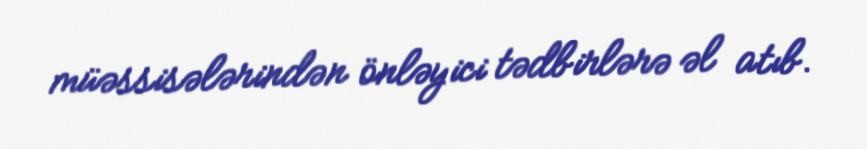
müəssisələrindən önləyici tədbirlərə əl atıb.